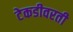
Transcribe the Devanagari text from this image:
टेकडीवरती